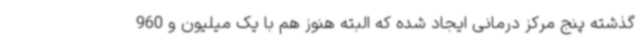
گذشته پنج مرکز درمانی ایجاد شده که البته هنوز هم با یک میلیون و 960